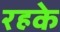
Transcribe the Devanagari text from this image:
रहके